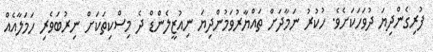
ފުރިގެންދިޔަ ދުވަހަކަށެވެ. ހުކުރު ނަމާދަށް ތައްޔާރުވަމުންދިޔަ ނިއުޒީލެންޑް ދެ މިސްކިތަކަށް ނިރުބަވެރި ހަމަލާއެއް